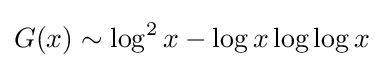
G(x)\sim \log ^{2}x-\log x\log \log x